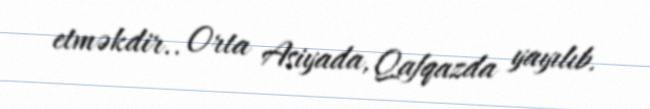
etməkdir.. Orta Asiyada, Qafqazda yayılıb.